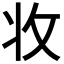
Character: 𭣣